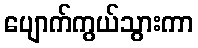
ပျောက်ကွယ်သွားကာ